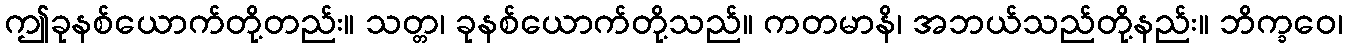
ဤခုနစ်ယောက်တို့တည်း။ သတ္တ၊ ခုနစ်ယောက်တို့သည်။ ကတမာနိ၊ အဘယ်သည်တို့နည်း။ ဘိက္ခဝေ၊